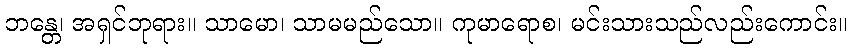
ဘန္တေ၊ အရှင်ဘုရား။ သာမော၊ သာမမည်သော။ ကုမာရောစ၊ မင်းသားသည်လည်းကောင်း။